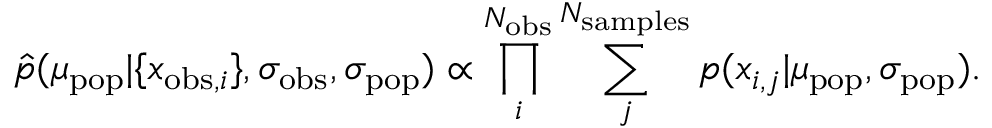
\hat { p } ( \mu _ { \mathrm { p o p } } | \{ x _ { \mathrm { o b s } , i } \} , \sigma _ { \mathrm { o b s } } , \sigma _ { \mathrm { p o p } } ) \propto \prod _ { i } ^ { N _ { \mathrm { o b s } } } \sum _ { j } ^ { N _ { \mathrm { s a m p l e s } } } p ( x _ { i , j } | \mu _ { \mathrm { p o p } } , \sigma _ { \mathrm { p o p } } ) .